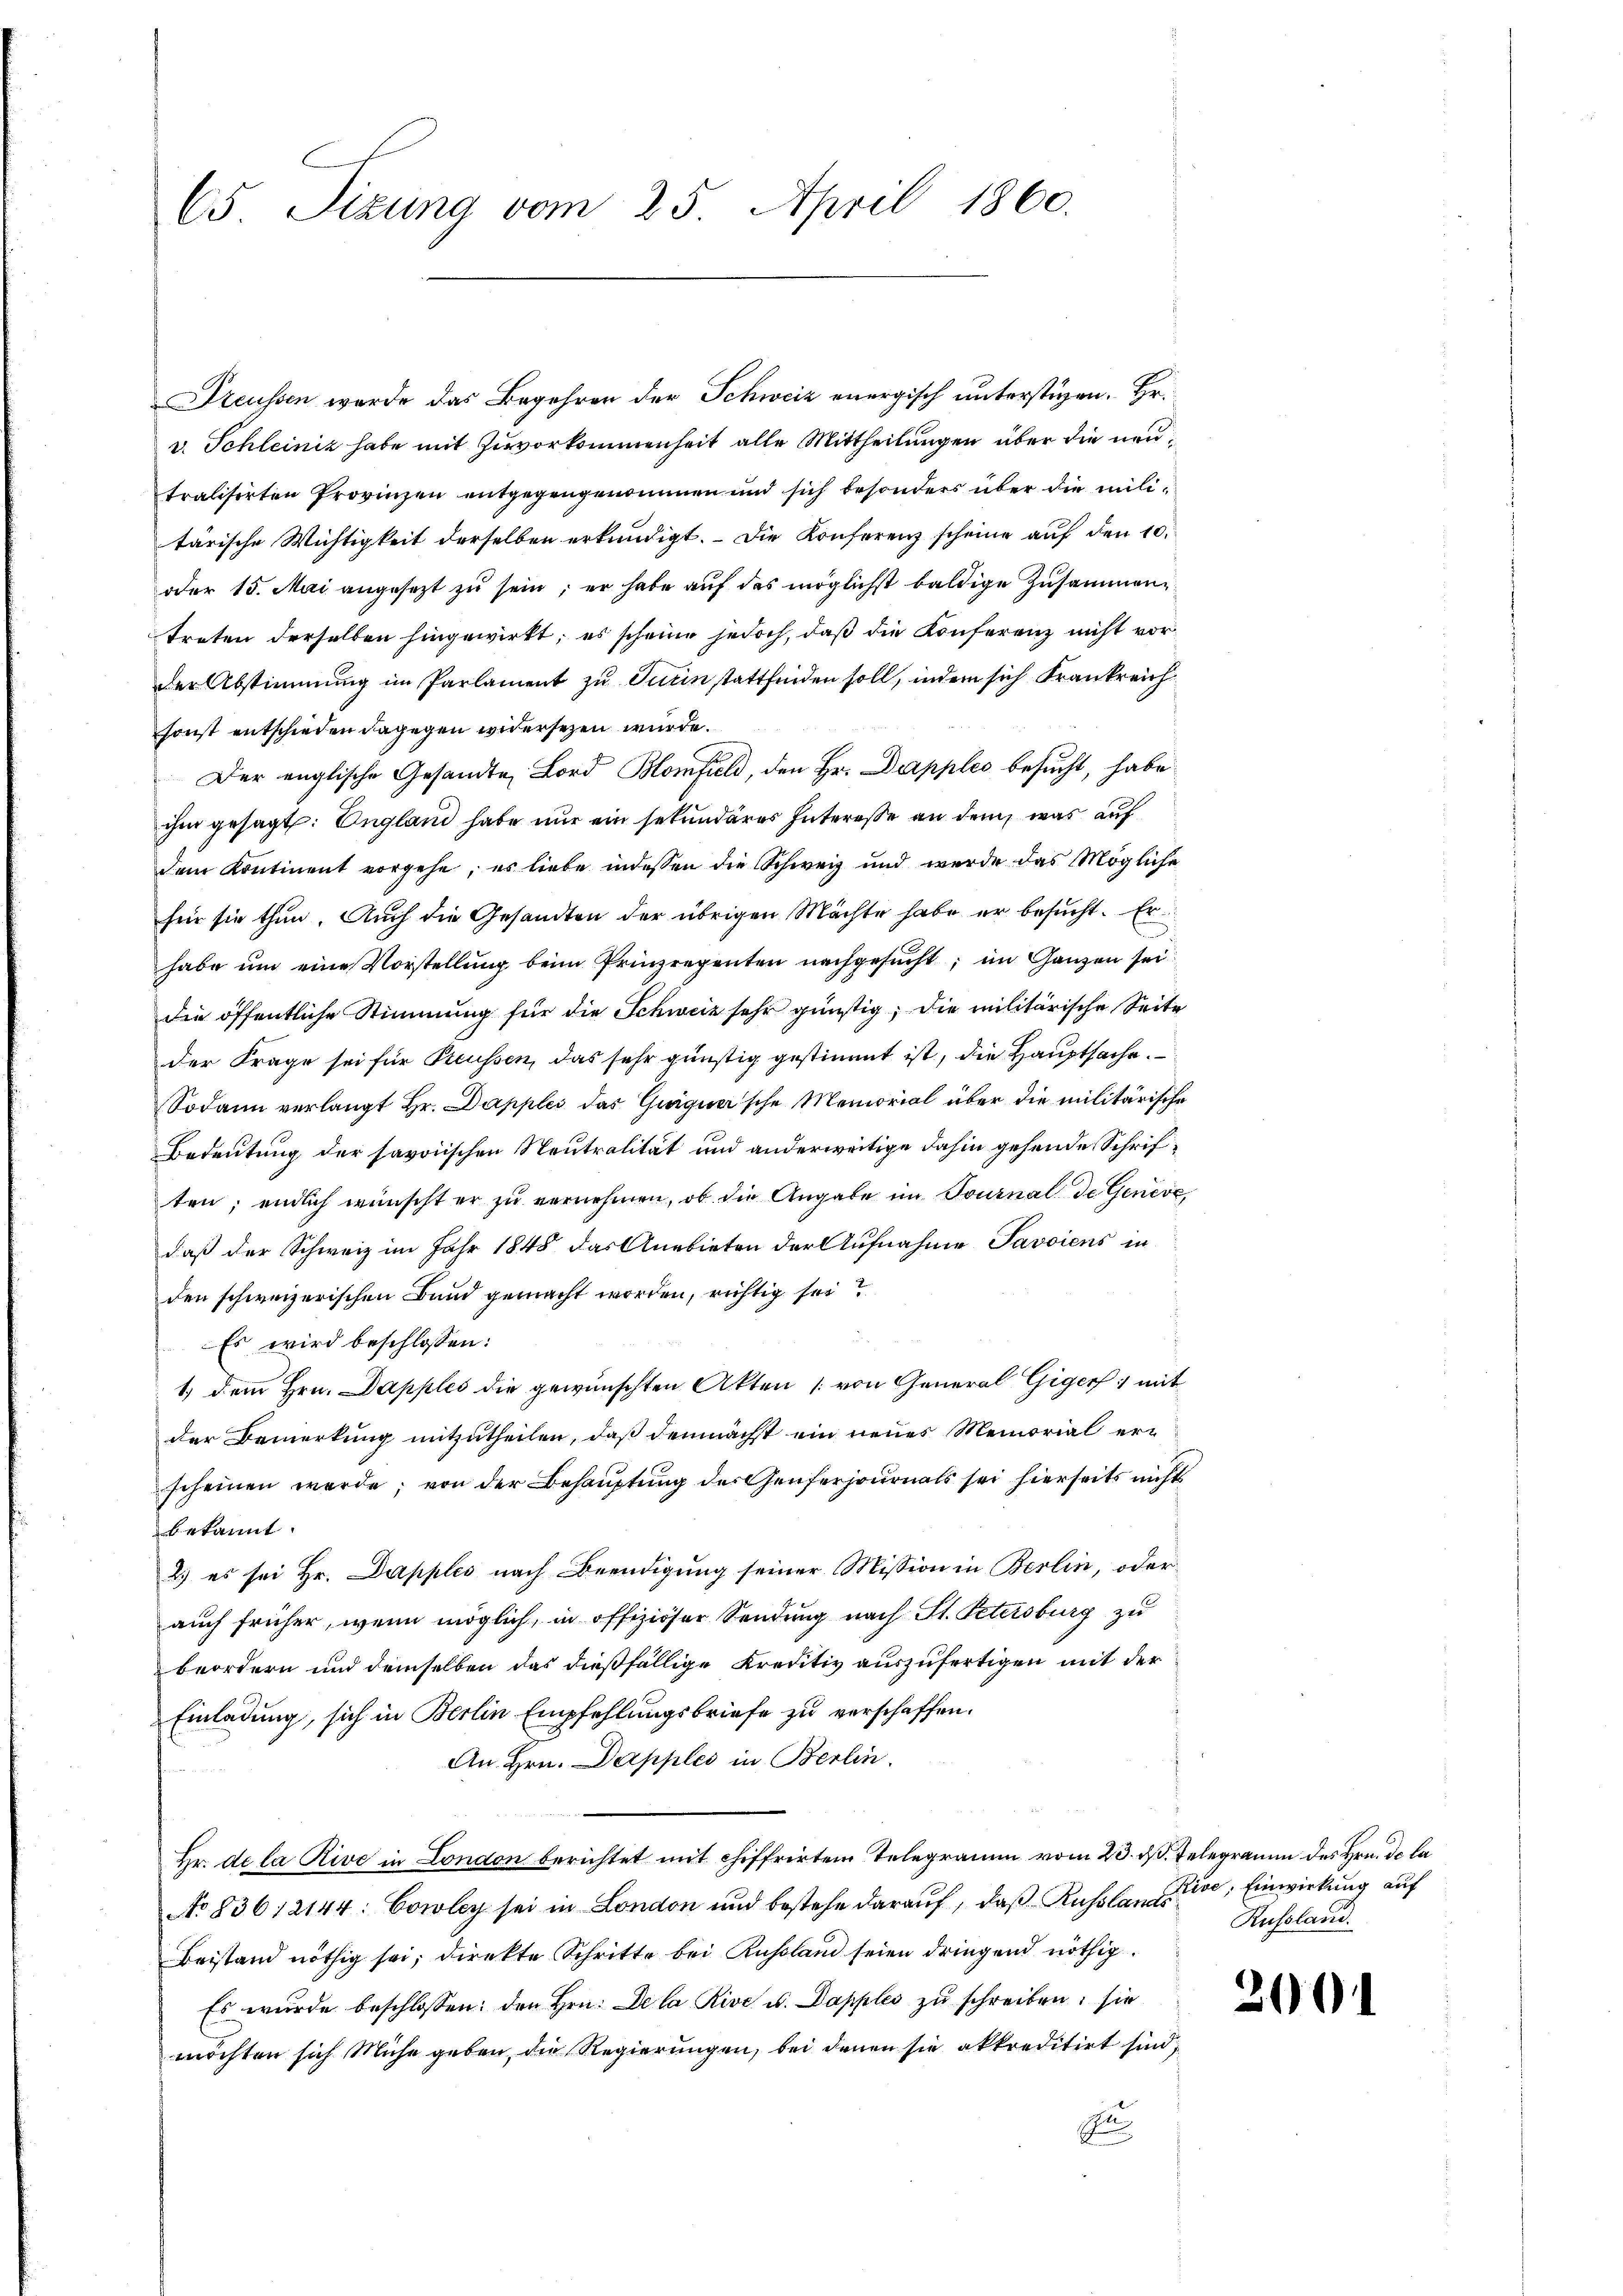
65 Sizung vom 25. April 1860.

Preussen wurde das Begehren der Schweiz energisch unterstüzen. Hr.
v. Schleinik habe mit Zuvorkommenheit alle Mittheilungen über die neutralisirten Provinzen entgegengenommen und sich besonders über die militärische Wichtigkeit derselben erkundigt. Die Konferenz scheine auf den 10.
oder 15. Mai angesezt zu sein; er habe auf das möglichst baldige Zusammen
treten derselben hingewirkt, es scheine jedoch, daß die Konferenz nicht vorder Abstimmung im Parlament zu Turin stattfinden soll, indem sich Frankreichsonst entschieden dagegen widersezen wurde.
Der englische Gesandte Bord Blomfiel, den Hr. Dapples besucht, habe
ihm gesagt: England habe nur ein sekundäres Interesse an dem, was auf
dem Kontinent vorgehe, es liebe indessen die Schweiz und wurde das Mögliche
für sie thun. Auch die Gesandten der übrigen Mächte habe er besucht. Er
habe um eine Vorstellung beim Prinzrepenten nachgesucht, im Ganzen sei
die öffentliche Stimmung für die Schweiz sehr günstig, die militärische Seite
der Frage sei für Preussen, das sehr günstig gestimmt ist, die Hauptsache.
Sodann verlangt Hr. Dapples das Guiguar'sche Memorial über die militärische
Bedeutung der savoischen Neutralität und anderweitige dahin gehende Schriften; endlich wünscht er zu vernehmen, ob die Angabe im Tournal de Genève,
daß der Schweiz im Jahr 1848 das Anebieten der Aufnahme Savoiens in
den schweizerischen Bund gemacht worden, richtig sei?
Es wird beschlossen:
1) dem Hrn. Dapples die gewünschten Akten (von General Giger 1 mit
der Bemerkung mitzutheilen, daß demnächst ein neues Memorial er-
scheinen werde; von der Behauptung der Genferjournals sei hierseits nicht
bekannt.
2.) es sei Hr. Dapples nach Beendigung seiner Mission in Berlin, oder
auch früher, wenn möglich, in offiziöser Sendung nach St. Petersburg zu
beordern und demselben das dießfällige Kreditiv auszufertigen mit der
Einladung, sich in Berlin Empfehlungsbriefe zu verschaffen.
An Hrn. Dapples in Berlin.
Hr. de la Rive in London berichtet mit chiffrirten Telegramm vom 23. ds. Telegramm des Hrn. De la
No 836 12144: Cowley sei in London und bestehe darauf, daß Russland, Einwirkung auf
Beistand nöthig sei; direkte Schritte bei Russland seien dringend nöthig.
Es wurde beschlossen: den Hrn. De la Rive u. Dapples zu schreiben, sie
möchten sich Mühe geben, die Regierungen, bei denen sie akkreditirt sind,
E

Russland.

2001